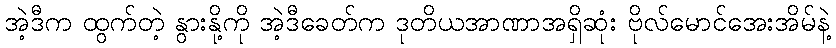
အဲ့ဒီက ထွက်တဲ့ နွားနို့ကို အဲ့ဒီခေတ်က ဒုတိယအာဏာအရှိဆုံး ဗိုလ်မောင်အေးအိမ်နဲ့